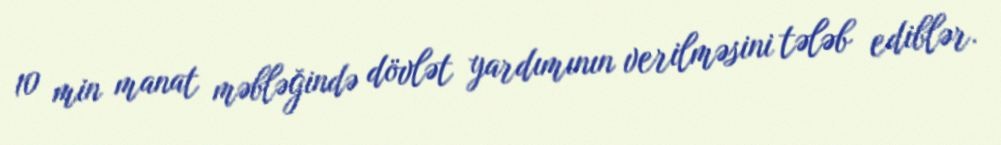
10 min manat məbləğində dövlət yardımının verilməsini tələb ediblər.